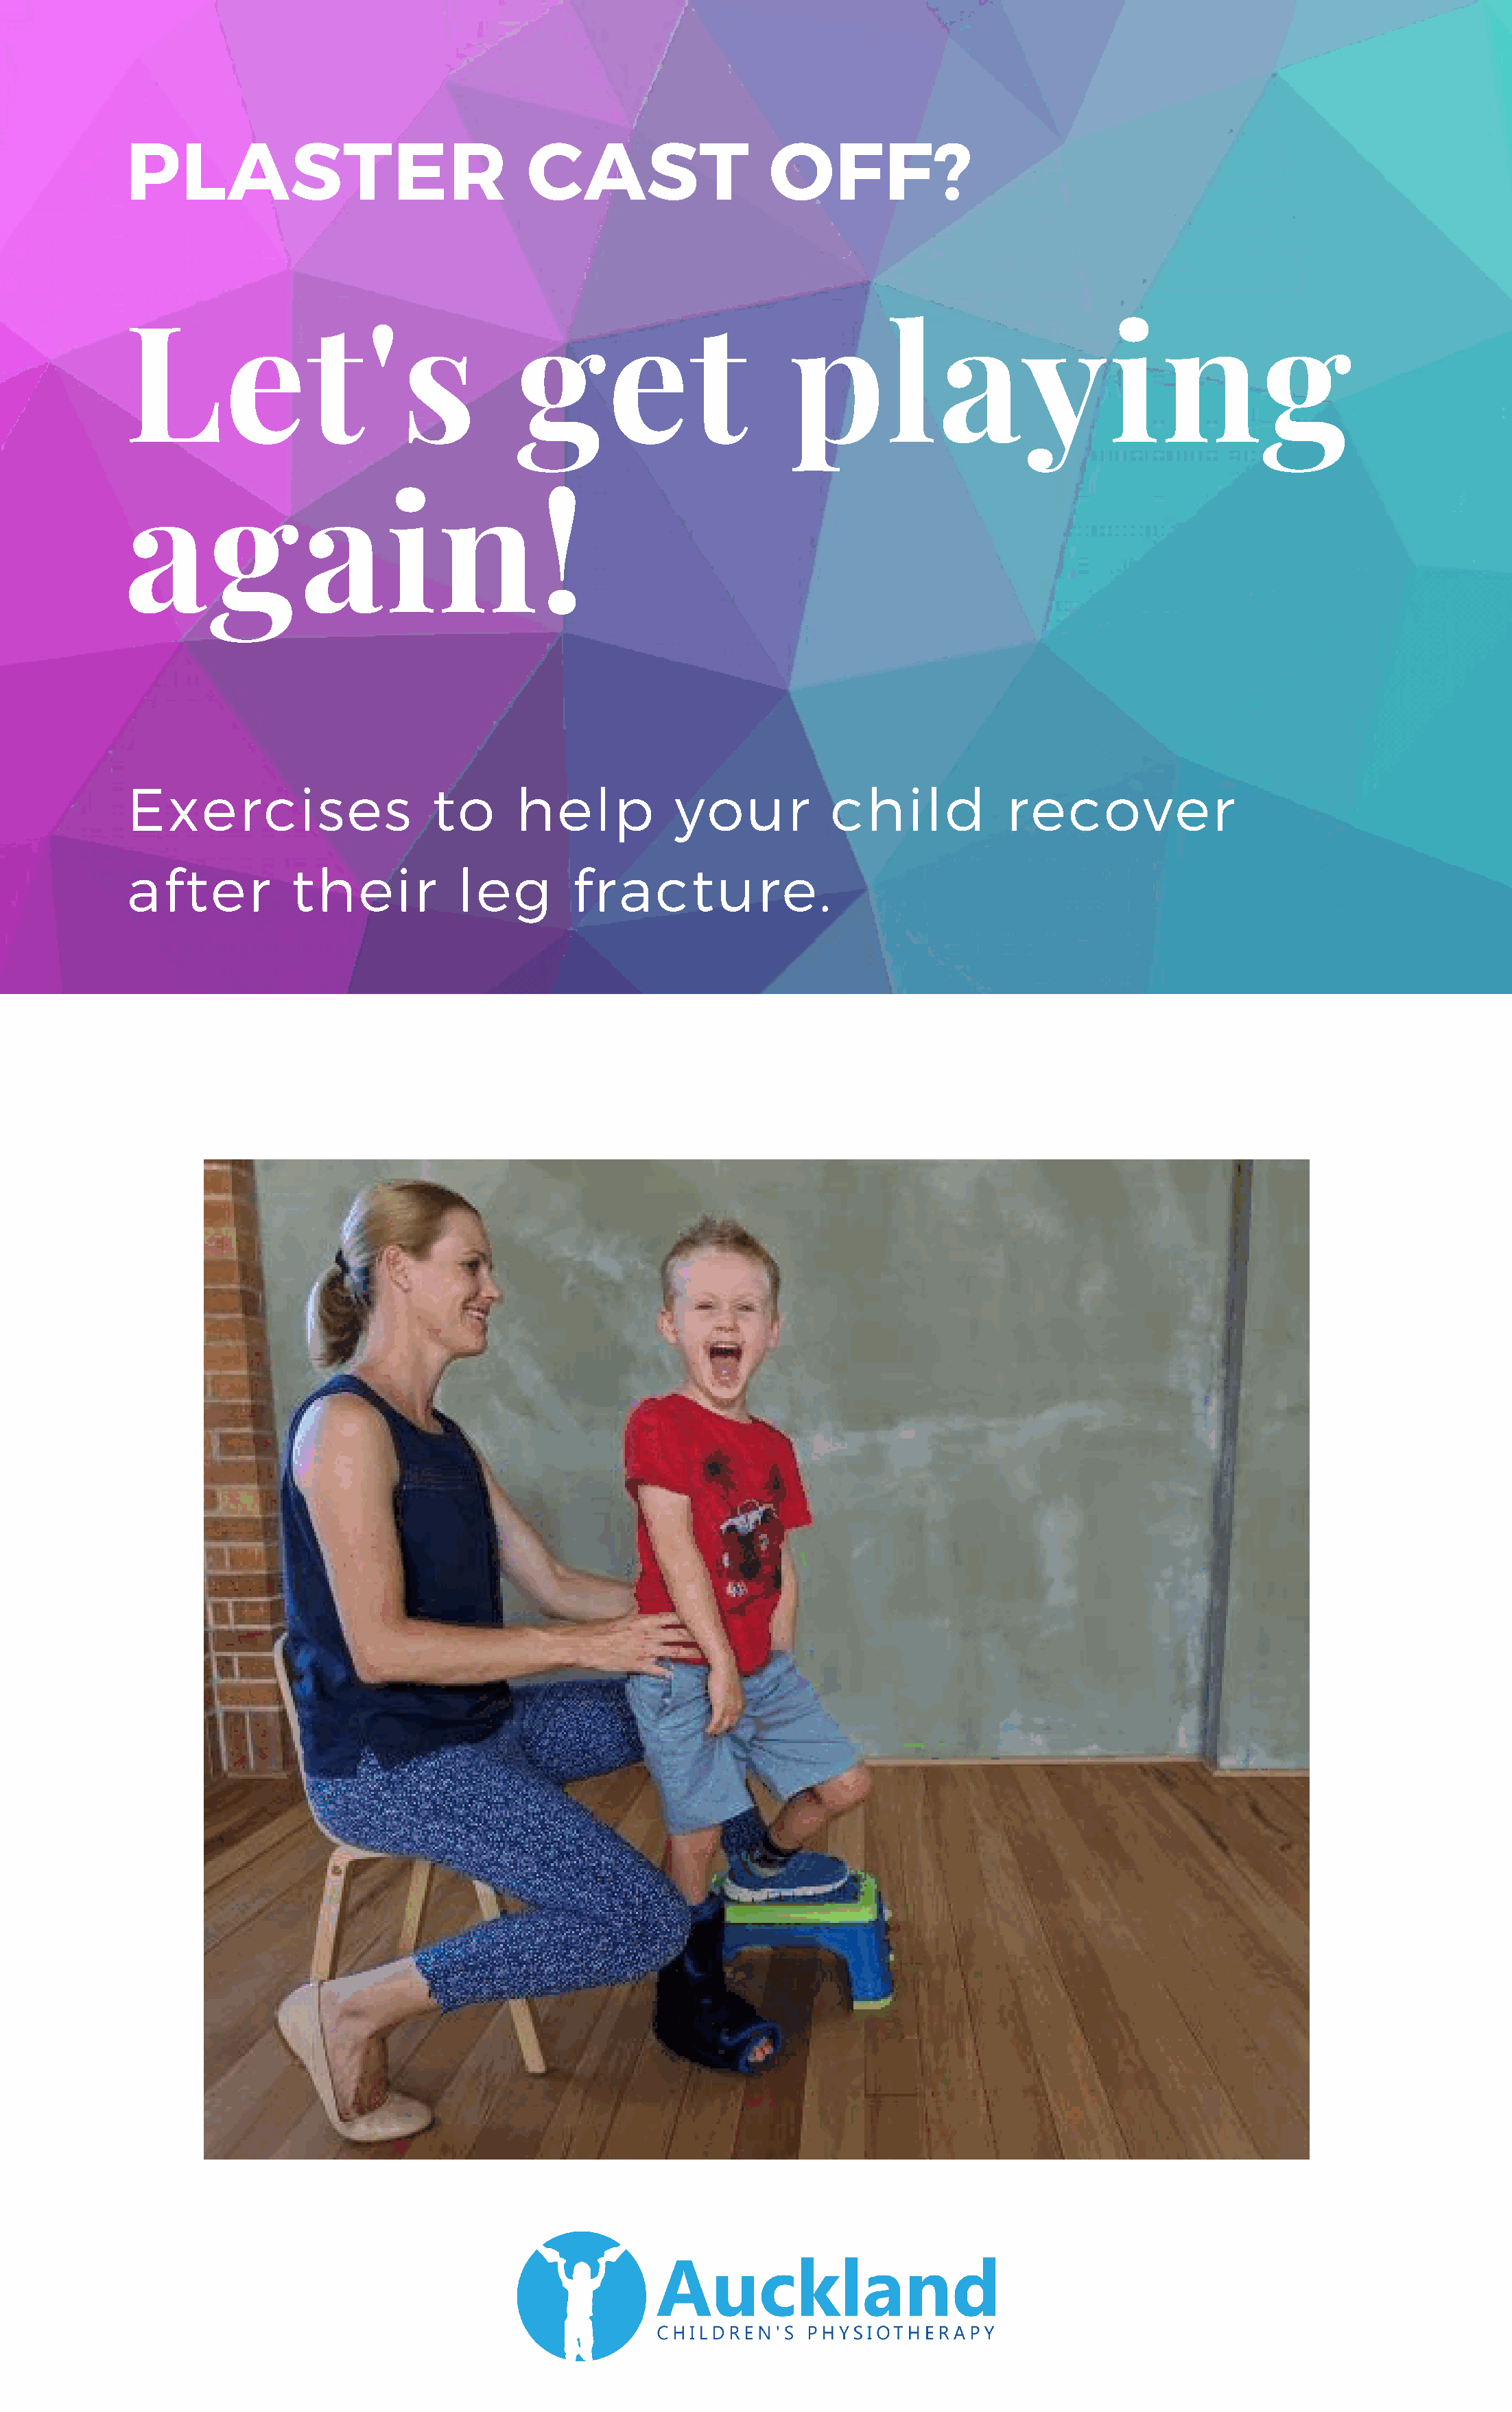
PLASTER                                CAST                   OFF?
 Let's                                 get                       playing
 again!
 Exercises                     to      help           your           child            recover
 after           their           leg        fracture.